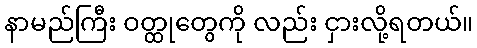
နာမည်ကြီး ဝတ္ထုတွေကို လည်း ငှားလို့ရတယ်။